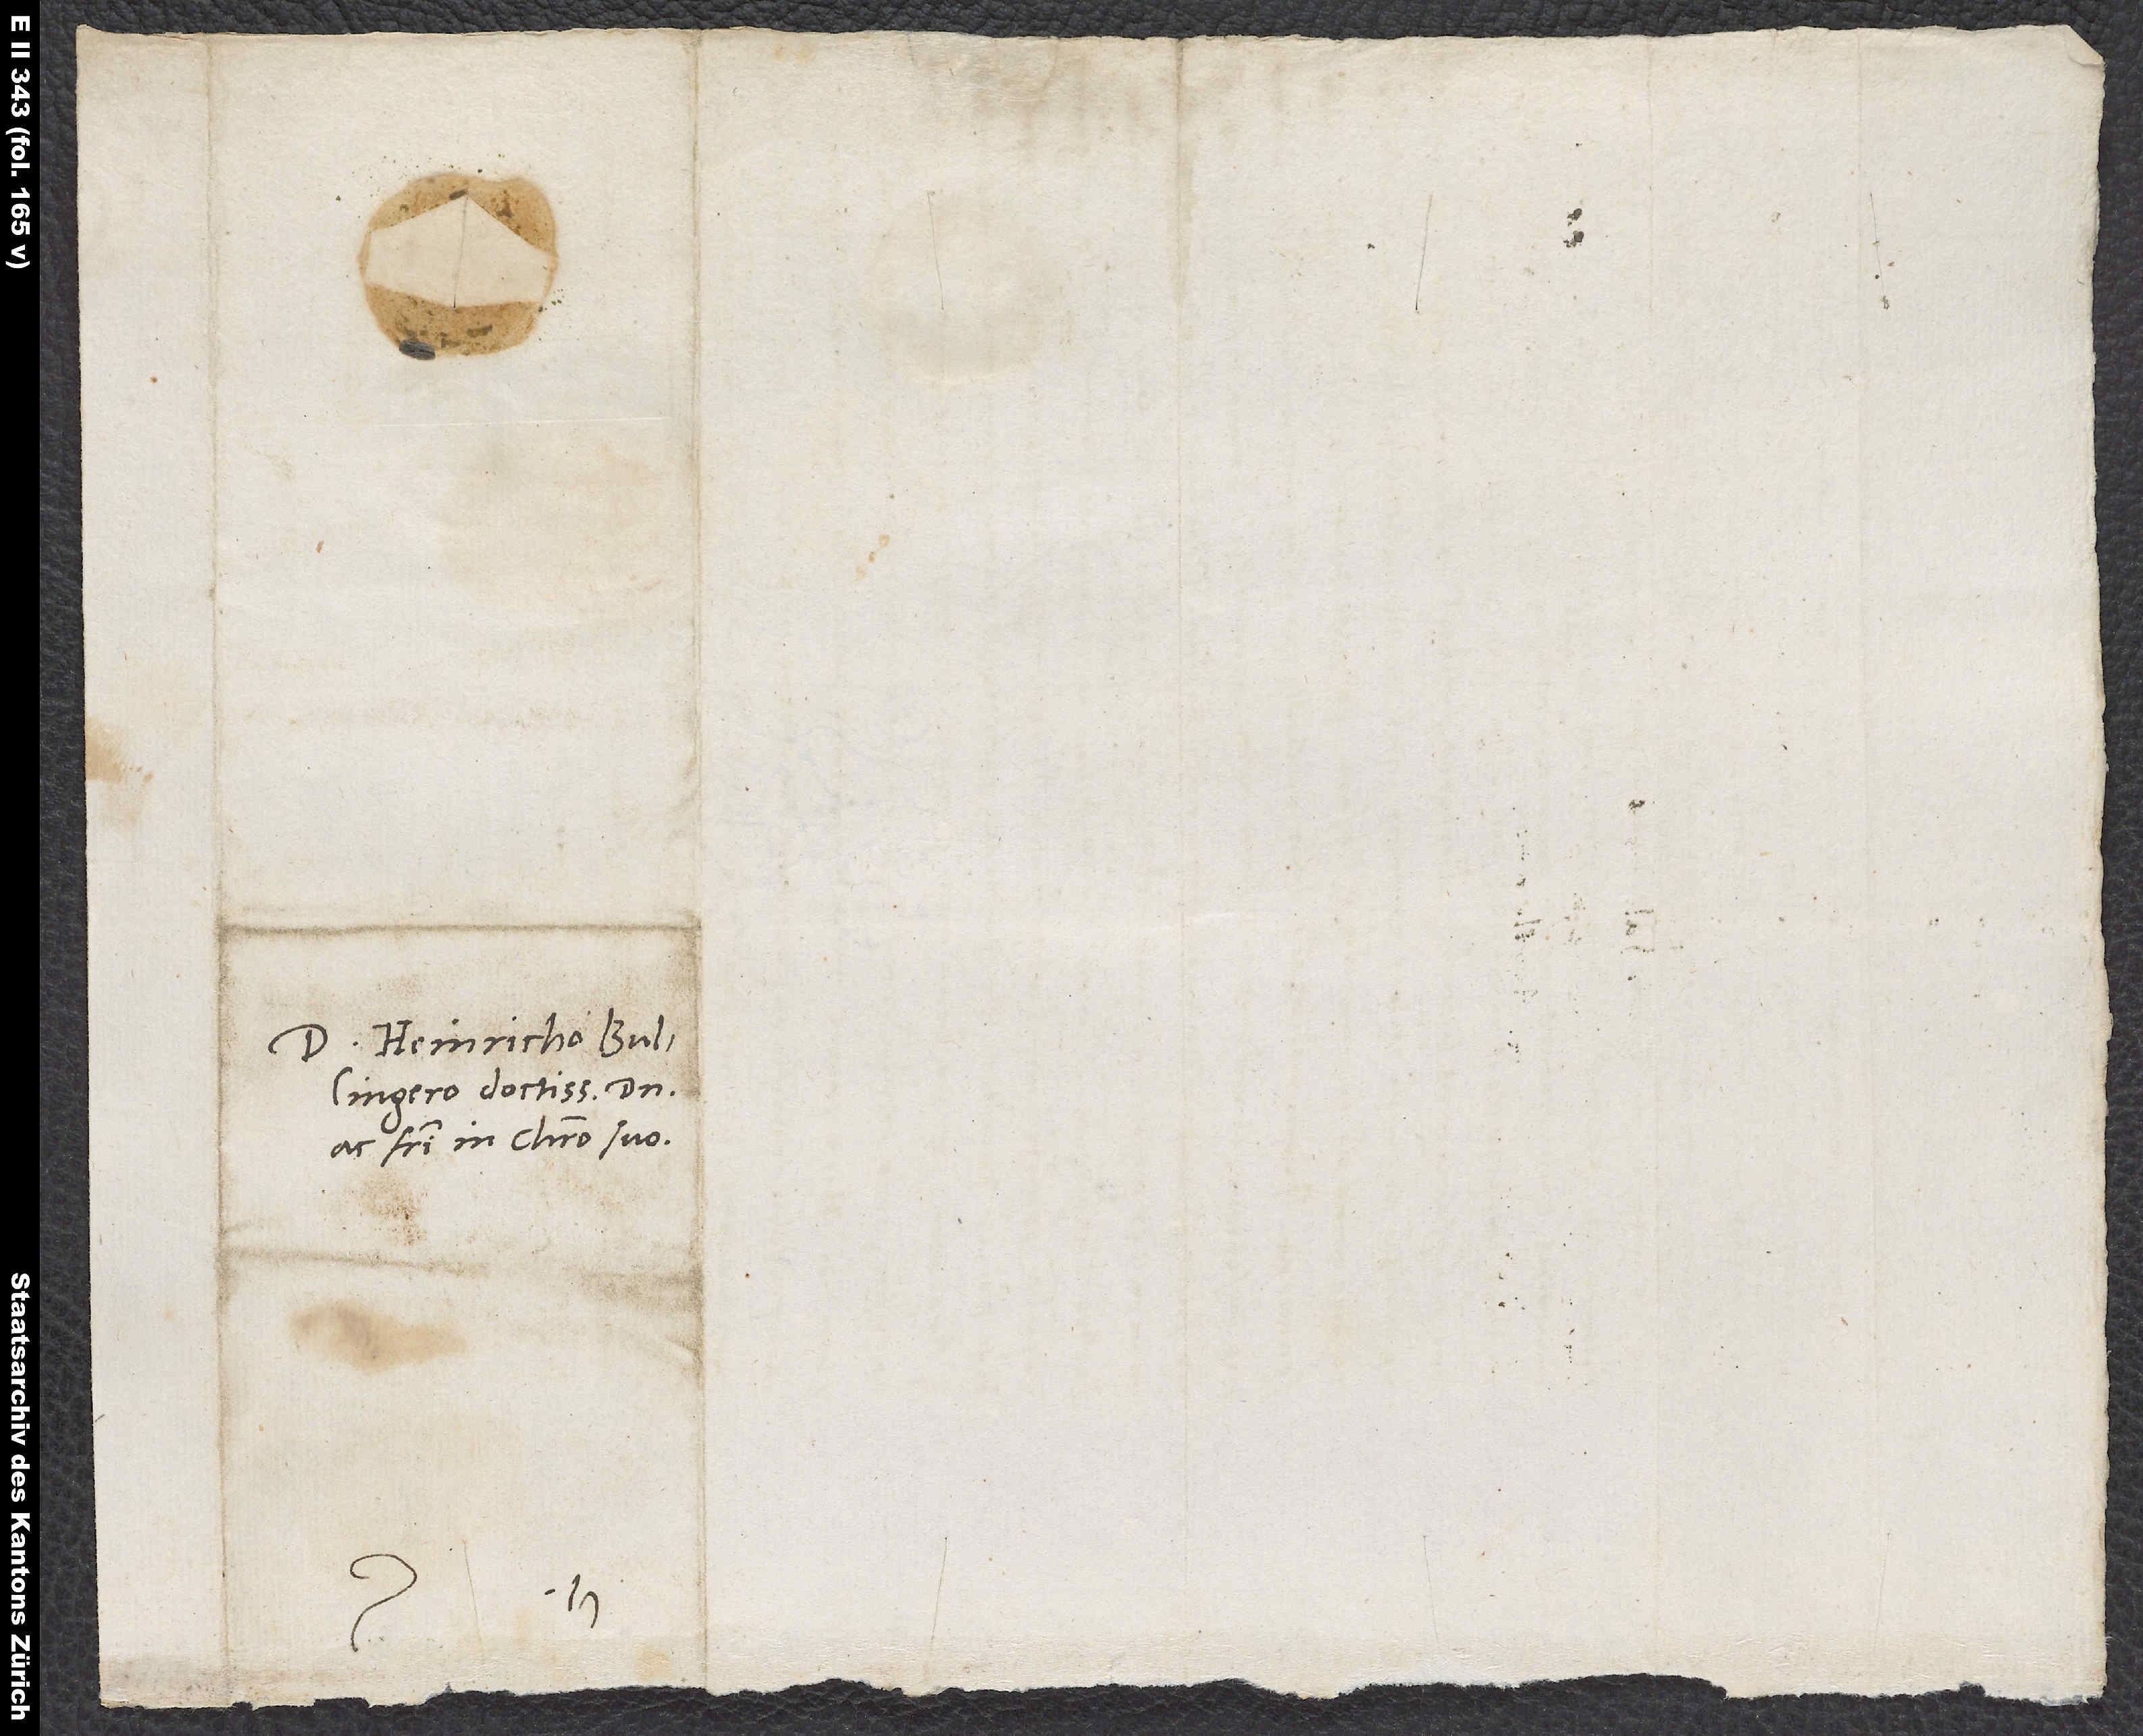
S.

Domino Heinricho Bullingero
ac fratri in Christo suo.